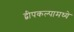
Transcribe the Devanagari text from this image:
द्वीपकल्पामध्ये